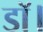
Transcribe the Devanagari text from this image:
डाॅ।